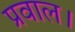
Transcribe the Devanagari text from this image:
प्रवाल।